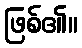
ဖြစ်၏။